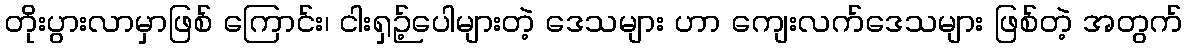
တိုးပွားလာမှာဖြစ် ကြောင်း၊ ငါးရှဉ့်ပေါများတဲ့ ဒေသများ ဟာ ကျေးလက်ဒေသများ ဖြစ်တဲ့ အတွက်